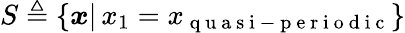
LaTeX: S\triangleq\{ \boldsymbol{x}\vert\, x_{1}=x_{\mathrm{~q~u~a~s~i~-~p~e~r~i~o~d~i~c~}}\}